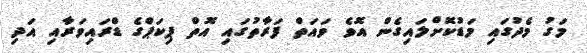
މަގު މެދުގައި މަޑުކޮށްލައިގެން އޮވެ ވައަތް ފަރާތުގައި އޮތް ޕިކަޕްގެ ޑްރައިވަރާއި އަދި